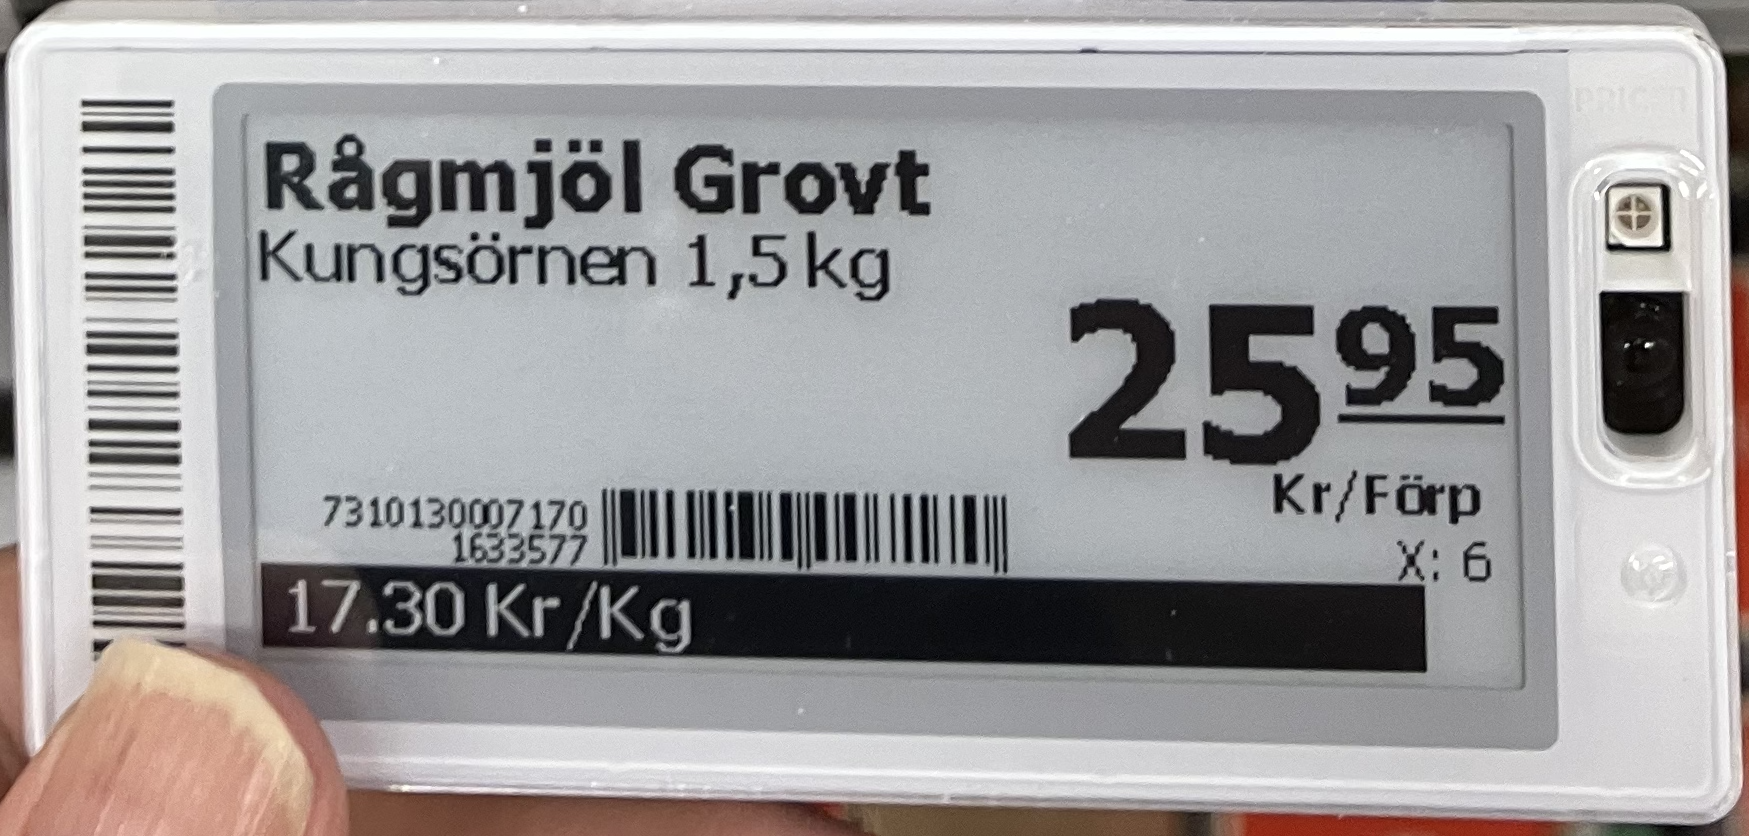
Vara: Rågmjöl Grovt
Genomsnittspris: 17.30 per kg